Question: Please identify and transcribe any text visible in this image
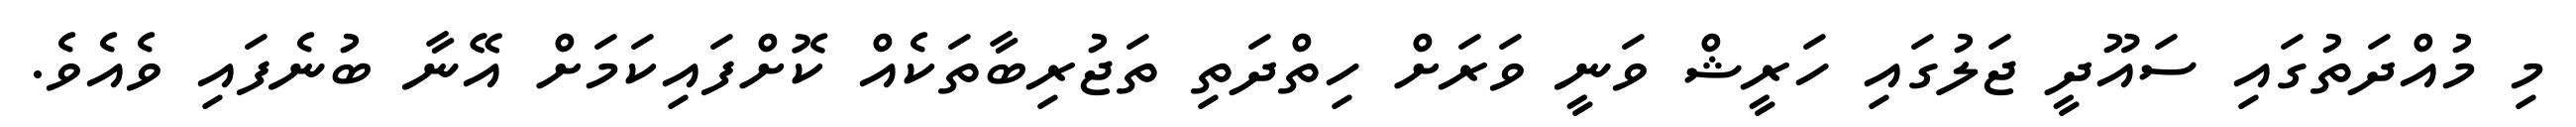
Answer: މި މުއްދަތުގައި ސައޫދީ ޖަލުގައި ހަރީޝް ވަނީ ވަރަށް ހިތްދަތި ތަޖުރިބާތަކެއް ކޮށްފައިކަމަށް އޭނާ ބުނެފައި ވެއެވެ.